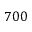
7 0 0